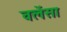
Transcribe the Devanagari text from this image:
वलेंसा